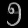
Digit: ၅